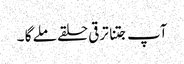
آپ جتنا ترقی حلقے ملے گا ۔